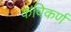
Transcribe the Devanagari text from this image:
कविकर्ण